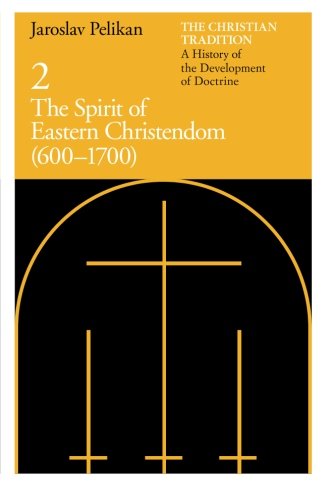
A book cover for The Christian Tradition: A History of the Development of Doctrine, Vol. 2: The Spirit of Eastern Christendom (600-1700) (Volume 2); Jaroslav Pelikan; Christian Books & Bibles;